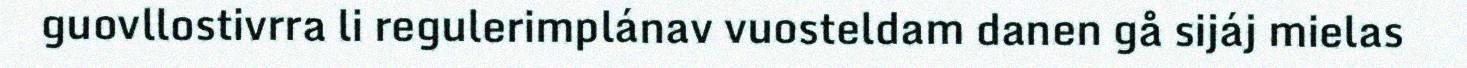
guovllostivrra li regulerimplánav vuosteldam danen gå sijáj mielas